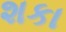
શકા